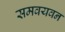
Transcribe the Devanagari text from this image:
समवयवन